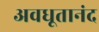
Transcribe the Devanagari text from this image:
अवधूतानंद